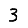
Digit: 3